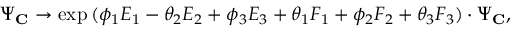
\Psi _ { \bf C } \rightarrow \exp { ( \phi _ { 1 } E _ { 1 } - \theta _ { 2 } E _ { 2 } + \phi _ { 3 } E _ { 3 } + \theta _ { 1 } F _ { 1 } + \phi _ { 2 } F _ { 2 } + \theta _ { 3 } F _ { 3 } ) } \cdot \Psi _ { \bf C } ,